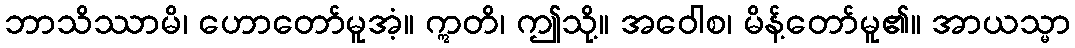
ဘာသိဿာမိ၊ ဟောတော်မူအံ့။ ဣတိ၊ ဤသို့။ အဝေါစ၊ မိန့်တော်မူ၏။ အာယသ္မာ